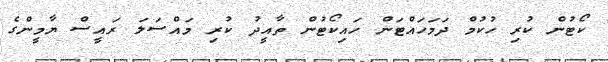
ކޯޓުން ކުރި ހުކުމް ދަމަހައްޓަން ހައިކޯޓުން ތާއީދު ކުރި މައްސަލަ ރައީސް ޔާމީންގެ